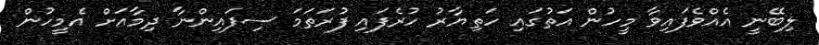
ލިބޭނީ އެއްވެފައިވާ މީހުން އަތުގައި ހަތިޔާރު ހުރެފައި ފުރަތަމަ ސިފައިންނާ ދިމާއަށް އެމީހުން